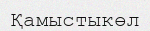
Қамыстыкөл